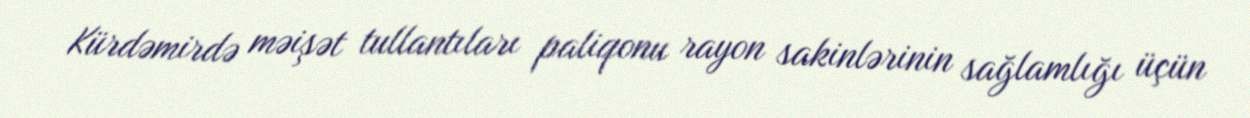
Kürdəmirdə məişət tullantıları paliqonu rayon sakinlərinin sağlamlığı üçün